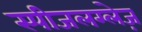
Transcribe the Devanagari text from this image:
स्पीजलग्लेज़